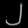
Digit: ၂